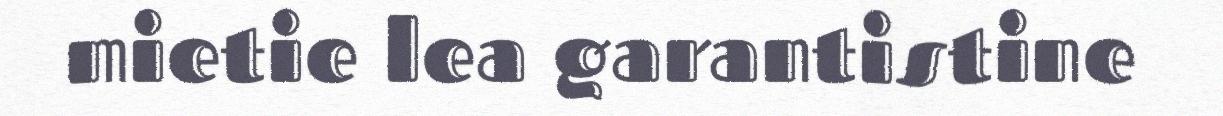
mietie lea garantistine